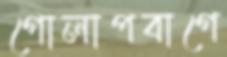
গোলাপবাগে